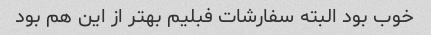
خوب بود البته سفارشات فبلیم بهتر از این هم بود